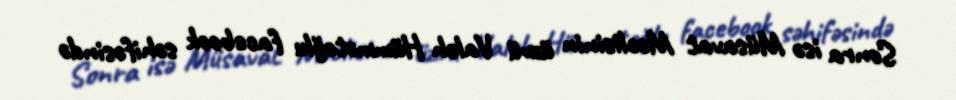
Sonra isə Müsavat Məclisinin üzvü Valeh Hümmətoğlu facebook səhifəsində